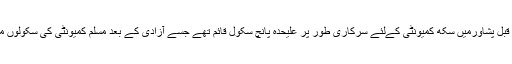
تقسیم برصغیر سے قبل پشاورمیں سکھ کمیونٹی کےلئے سرکاری طور پر علیحدہ پانچ سکول قائم تھے جسے آزادی کے بعد مسلم کمیونٹی کی سکولوں میں تبدیل کر دیا گیا۔